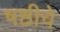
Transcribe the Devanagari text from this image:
षष्ठीचे